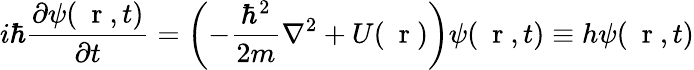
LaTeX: i\hbar\frac{\partial\psi(\mathrm{~\mathbf~r~},t)}{\partial t}=\left(-\frac{\hbar^{2}}{2m}\nabla^{2}+U(\mathrm{~\mathbf~r~})\right)\psi(\mathrm{~\mathbf~r~},t)\equiv h\psi(\mathrm{~\mathbf~r~},t)